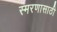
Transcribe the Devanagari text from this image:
स्मरणासाठी